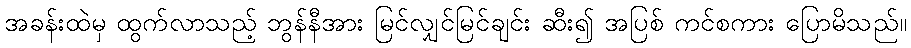
အခန်းထဲမှ ထွက်လာသည့် ဘွန်နီအား မြင်လျှင်မြင်ချင်း ဆီး၍ အပြစ် ကင်စကား ပြောမိသည်။